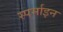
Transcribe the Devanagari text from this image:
स्पर्माइन